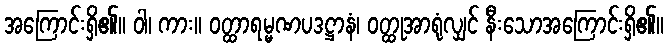
အကြောင်းရှိ၏။ ဝါ၊ ကား။ ဝတ္ထာရမ္မဏပဒဋ္ဌာနံ၊ ဝတ္ထုအာရုံလျှင် နီးသောအကြောင်းရှိ၏။